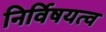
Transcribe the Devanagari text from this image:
निर्विषयत्व